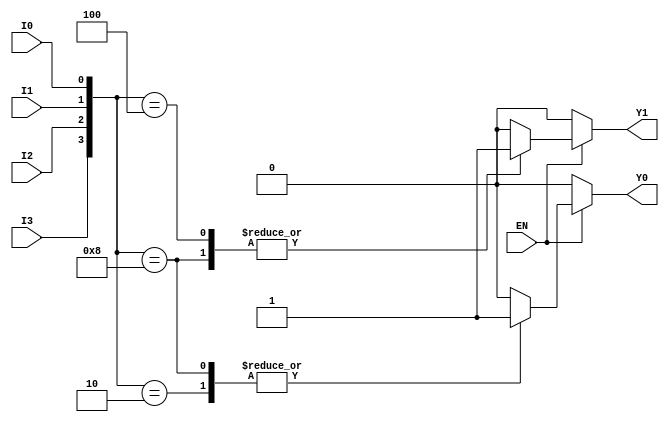
module encoder4to2 (
    input wire I0,
    input wire I1,
    input wire I2,
    input wire I3,
    input wire EN,
    output reg Y0,
    output reg Y1
);

always @(*) begin
    if (!EN) begin
        // If EN is low, set outputs to a defined state (e.g., 00)
        Y0 = 1'b0;
        Y1 = 1'b0;
    end else begin
        // Priority encoding logic
        case ({I3, I2, I1, I0})
            4'b0000: begin
                Y0 = 1'b0;
                Y1 = 1'b0; // No active input
            end
            4'b0001: begin
                Y0 = 1'b0;
                Y1 = 1'b0; // I0 active
            end
            4'b0010: begin
                Y0 = 1'b1;
                Y1 = 1'b0; // I1 active
            end
            4'b0100: begin
                Y0 = 1'b0;
                Y1 = 1'b1; // I2 active
            end
            4'b1000: begin
                Y0 = 1'b1;
                Y1 = 1'b1; // I3 active
            end
            default: begin
                Y0 = 1'b0;
                Y1 = 1'b0; // Default case (should not occur)
            end
        endcase
    end
end

endmodule